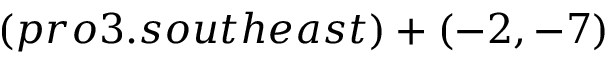
( p r o 3 . s o u t h e a s t ) + ( - 2 , - 7 )